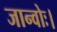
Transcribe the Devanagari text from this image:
जान्वोः।